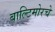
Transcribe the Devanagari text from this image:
बाल्टिमोरचे